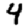
Digit: 4